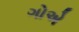
ગોએ